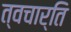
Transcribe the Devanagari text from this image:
त्वचार्ति